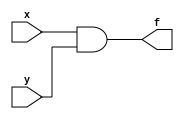
module example2_simpleand( f,x,y );
    input x,y;
    output f;
    assign f=x&y;
endmodule